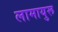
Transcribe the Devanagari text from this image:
लामायुरू